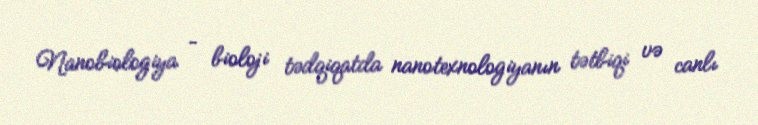
Nanobiologiya – bioloji tədqiqatda nanotexnologiyanın tətbiqi və canlı